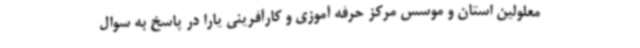
معلولین استان و موسس مرکز حرفه آموزی و کارآفرینی یارا در پاسخ به سوال